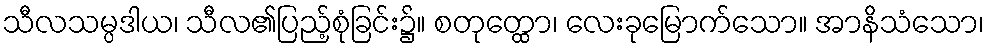
သီလသမ္ပဒါယ၊ သီလ၏ပြည့်စုံခြင်း၌။ စတုတ္ထော၊ လေးခုမြောက်သော။ အာနိသံသော၊